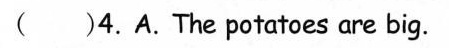
( )4.A.The potatoes are big.